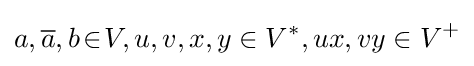
a,{\overline {a}},b\!\in \!V,u,v,x,y\in V^{*},ux,vy\in V^{+}